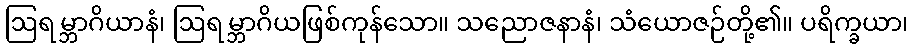
ဩရမ္ဘာဂိယာနံ၊ ဩရမ္ဘာဂိယဖြစ်ကုန်သော။ သညောဇနာနံ၊ သံယောဇဉ်တို့၏။ ပရိက္ခယာ၊